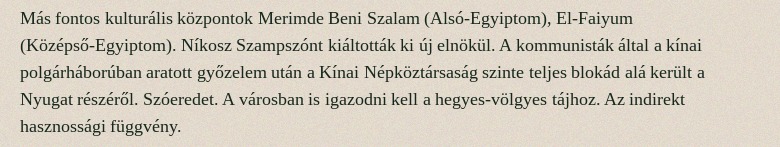
Más fontos kulturális központok Merimde Beni Szalam (Alsó-Egyiptom), El-Faiyum (Középső-Egyiptom). Níkosz Szampszónt kiáltották ki új elnökül. A kommunisták által a kínai polgárháborúban aratott győzelem után a Kínai Népköztársaság szinte teljes blokád alá került a Nyugat részéről. Szóeredet. A városban is igazodni kell a hegyes-völgyes tájhoz. Az indirekt hasznossági függvény.